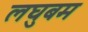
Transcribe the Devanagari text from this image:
लघुबम